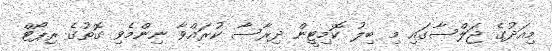
މިއަދުގެ ޖަލްސާގައި މި ބިލު ކޮމިޓީން ދިރާސާ ކުރައްވާ ނިންމެވި ގޮތުގެ ރިޕޯޓް